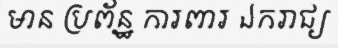
មាន ប្រព័ន្ឋ ការពារ ឯករាជ្យ